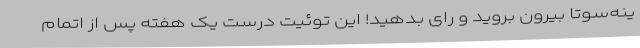
ینه‌سوتا بیرون بروید و رای بدهید! این توئیت درست یک هفته پس از اتمام